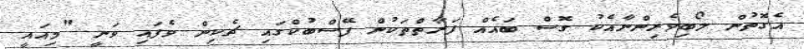
އެގޮތުން ލޯބިވެރިންނާއެކު ގޮސް ބައެއް ފަރާތްތަކުން ފޭސްބުކްގައި ޗެކިން ވެފައި ވަނީ "މިއައީ